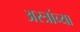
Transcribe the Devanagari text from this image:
अस्त्रांच्या